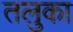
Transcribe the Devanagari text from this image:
तलुका